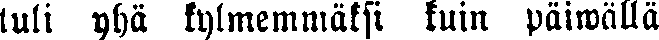
tuli yhä kylmemmäksi kuin päiwällä